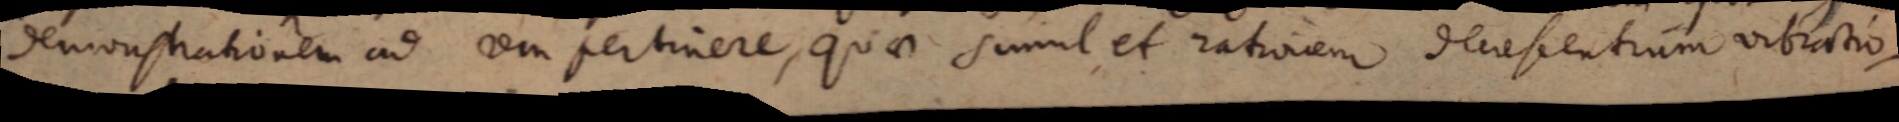
demonstrationem ad rem pertinere, quae simul et rationem decrescentium vibratio